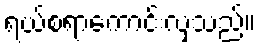
ရယ်စရာကောင်းလှသည်။